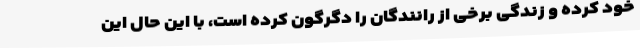
خود کرده و زندگی برخی از رانندگان را دگرگون کرده است، با این حال این